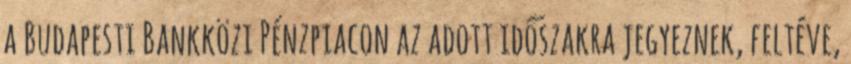
a Budapesti Bankközi Pénzpiacon az adott időszakra jegyeznek, feltéve,